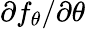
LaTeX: \partial f_{\theta}/\partial\theta